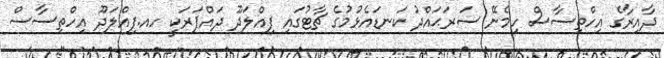
ދާއިރާގެ އިހްތިސާސް ހިމެނޭ ސަރަޙައްދު ކަނޑައެޅުމުގެ ޗާޓުގައި ފިއްލަދޫ ދައްޕަރަކީ ހއ.ފިއްލަދޫ އިހްތިސާސް